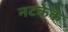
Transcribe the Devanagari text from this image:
नटकेक